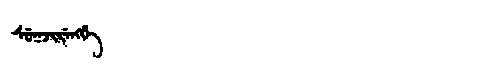
Manchu: ᠰᡠᡴᠵᡳᡵᡝᠩᡤᡝ
Romanization: SUKJIRENGGE